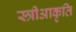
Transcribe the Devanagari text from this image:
स्त्रीआकृति